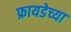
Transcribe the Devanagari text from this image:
फ्रायडेच्या